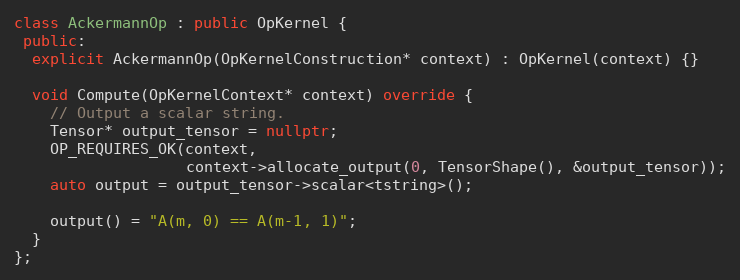
Language: C++
class AckermannOp : public OpKernel {
 public:
  explicit AckermannOp(OpKernelConstruction* context) : OpKernel(context) {}

  void Compute(OpKernelContext* context) override {
    // Output a scalar string.
    Tensor* output_tensor = nullptr;
    OP_REQUIRES_OK(context,
                   context->allocate_output(0, TensorShape(), &output_tensor));
    auto output = output_tensor->scalar<tstring>();

    output() = "A(m, 0) == A(m-1, 1)";
  }
};